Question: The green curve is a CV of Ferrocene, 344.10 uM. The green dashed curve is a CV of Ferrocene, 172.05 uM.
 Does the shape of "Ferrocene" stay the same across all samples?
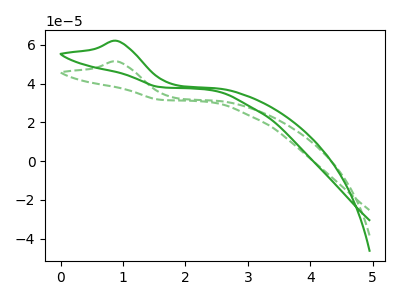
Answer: <think>The green curve "Ferrocene, 344.10 uM" has an anodic peak at: (0.90V, 62.10uA). The green dashed curve "Ferrocene, 172.05 uM" has an anodic peak at: (0.90V, 51.50uA).
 All the peaks in "Ferrocene, 344.10 uM" have a peak in "Ferrocene, 172.05 uM" at the same potential. Every peak in "Ferrocene, 344.10 uM" is higher than every peak in "Ferrocene, 172.05 uM".</think>
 <answer>All the CV's of "Ferrocene" have similar shape.</answer>
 <eval>follow_rule</eval>